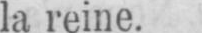
la reine.